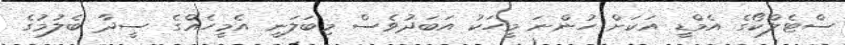
ސްޓެލްކޯގެ އެމްޑީ އަކަށް ހުންނަ މީހަކު އަބަދުވެސް މިބަލަނީ އެމީހެއްގެ ސީދާ ބެލުމުގެ